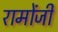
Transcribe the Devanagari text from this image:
रामोंजी